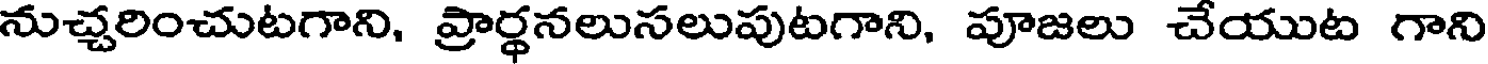
నుచ్చరించుటగాని, ప్రార్థనలుసలుపుటగాని, పూజలు చేయుట గాని